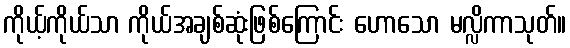
ကိုယ့်ကိုယ်သာ ကိုယ်အချစ်ဆုံးဖြစ်ကြောင်း ဟောသော မလ္လိကာသုတ်။